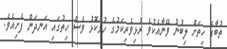
ތުބާގެ ހިތަށް ލިބުނު ވޭނާއެކުވެ ރުޅިވެރިކަމުގެ ހުޅުކޮޅު ވެސް ހިތުގައި އަނދަން ފެށިއެވެ.